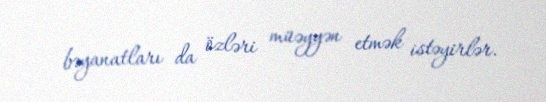
bəyanatları da özləri müəyyən etmək istəyirlər.